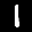
Label: 1